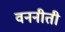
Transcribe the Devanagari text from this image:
वननीती